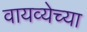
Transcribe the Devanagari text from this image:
वायव्येच्या